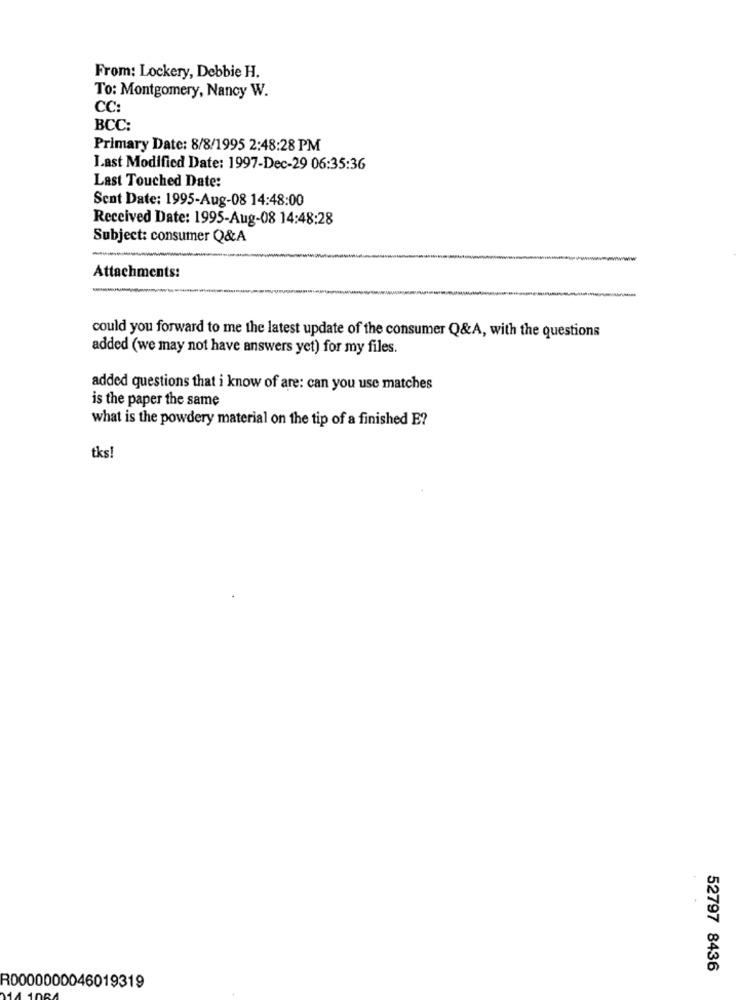
From: Lockery, Debbie H.
To: Montgomery, Nancy W.
CC:
BCC:
Primary Date: 8/8/1995 2:48:28 PM
Last Modified Date: 1997-Dec-29 06:35:36
Last Touched Date:
Sent Date: 1995-Aug-08 14:48:00
Received Date: 1995-Aug-08 14:48:28
Subject: consumer Q&A
Attachments:
could you forward to me the latest update of the consumer Q&A, with the questions
added (we may not have answers yet) for my files.
added questions that i know of are: can you use matches
is the paper the same
what is the powdery material on the tip of a finished E?
tks!
52797 8436
R0000000046019319